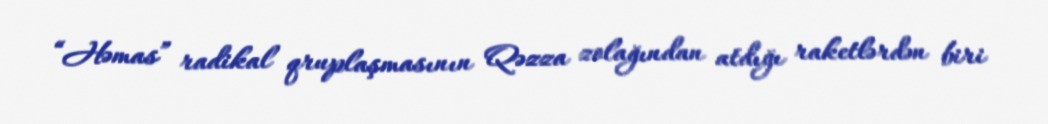
“Həmas” radikal qruplaşmasının Qəzza zolağından atdığı raketlərdən biri